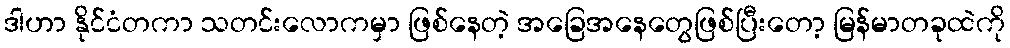
ဒါဟာ နိုင်ငံတကာ သတင်းလောကမှာ ဖြစ်နေတဲ့ အခြေအနေတွေဖြစ်ပြီးတော့ မြန်မာတခုထဲကို